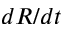
d R / d t